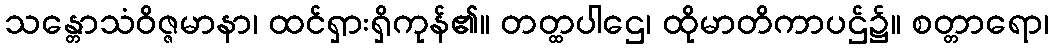
သန္တောသံဝိဇ္ဇမာနာ၊ ထင်ရှားရှိကုန်၏။ တတ္ထပါဌေ၊ ထိုမာတိကာပဌ်၌။ စတ္တာရော၊